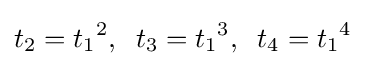
t_{2}={t_{1}}^{2},\;\;t_{3}={t_{1}}^{3},\;\;t_{4}={t_{1}}^{4}